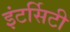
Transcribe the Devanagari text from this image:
इंटर्सिटी